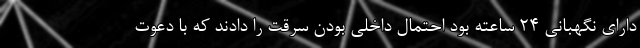
دارای نگهبانی ۲۴ ساعته بود احتمال داخلی بودن سرقت را دادند که با دعوت